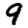
Digit: 9